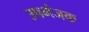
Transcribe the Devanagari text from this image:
उपभंजक